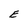
Character: E